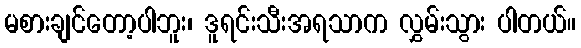
မစားချင်တော့ပါဘူး၊ ဒူရင်းသီးအရသာက လွှမ်းသွား ပါတယ်။